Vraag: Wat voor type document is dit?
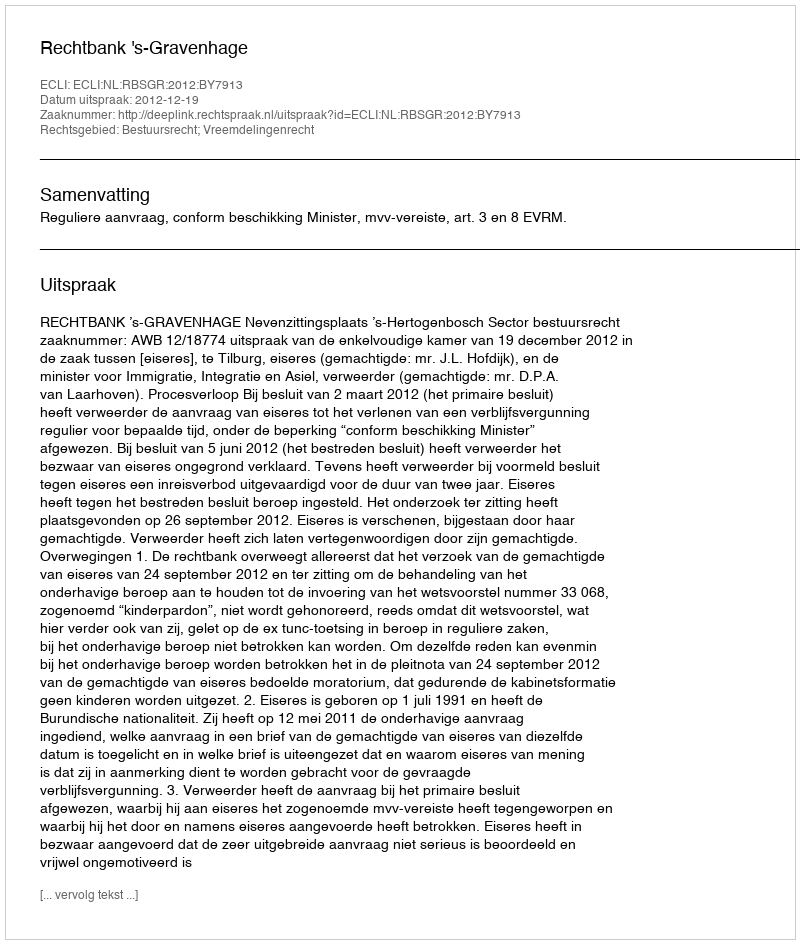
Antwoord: Uitspraak